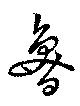
魯